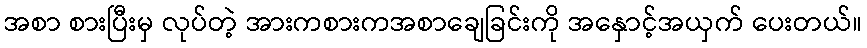
အစာ စားပြီးမှ လုပ်တဲ့ အားကစားကအစာချေခြင်းကို အနှောင့်အယှက် ပေးတယ်။